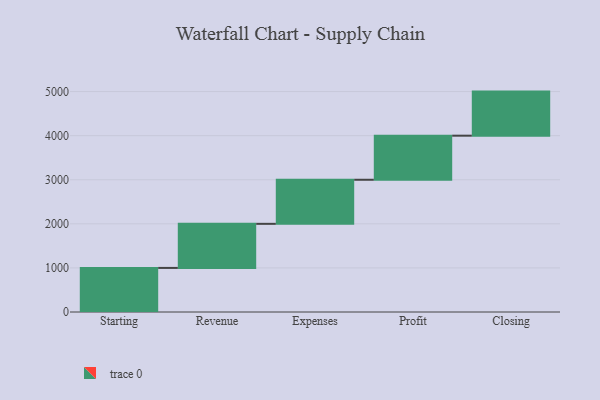
{"axis": {"x": "Step", "y": "Value"}, "legend": [""], "data": [{"x": "Starting", "y": 1000, "type": ""}, {"x": "Revenue", "y": 1000, "type": ""}, {"x": "Expenses", "y": 1000, "type": ""}, {"x": "Profit", "y": 1000, "type": ""}, {"x": "Closing", "y": 1000, "type": ""}]}